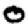
Digit: 0